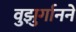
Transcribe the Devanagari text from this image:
वुझुर्गानने